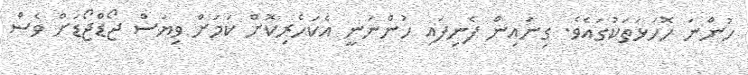
ހުންނަ ހޮހަޅަތަކުގައެވެ. ގިނައިން ފެނިފައި ހުންނަނީ އެކަހެރިކޮށް ކަމަށް ވިޔަސް ޖޯޑްޖޯޑަށް ވެސް